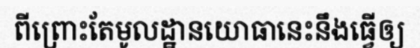
ពីព្រោះតែមូលដ្ឋានយោធានេះនឹងធ្វើឲ្យ